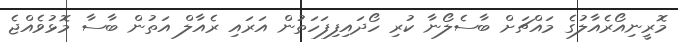
މޮރީނިއޯރެއާލުގެ މައްޗަށް ބާސެލޯނާ ކުރި ހޯދައިފިފަހަތުން އަރައި ރެއާލް އަތުން ބާސާ މޮޅުވެއްޖެ